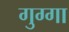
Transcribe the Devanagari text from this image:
गुग्गा